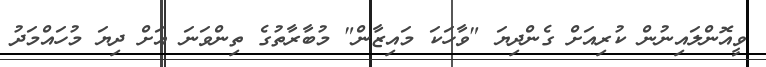
ވީއޮންލައިނުން ކުރިއަށް ގެންދިޔަ "ވާހަކަ މައިޒާން" މުބާރާތުގެ ތިންވަނަ އަށް ދިޔަ މުހައްމަދު